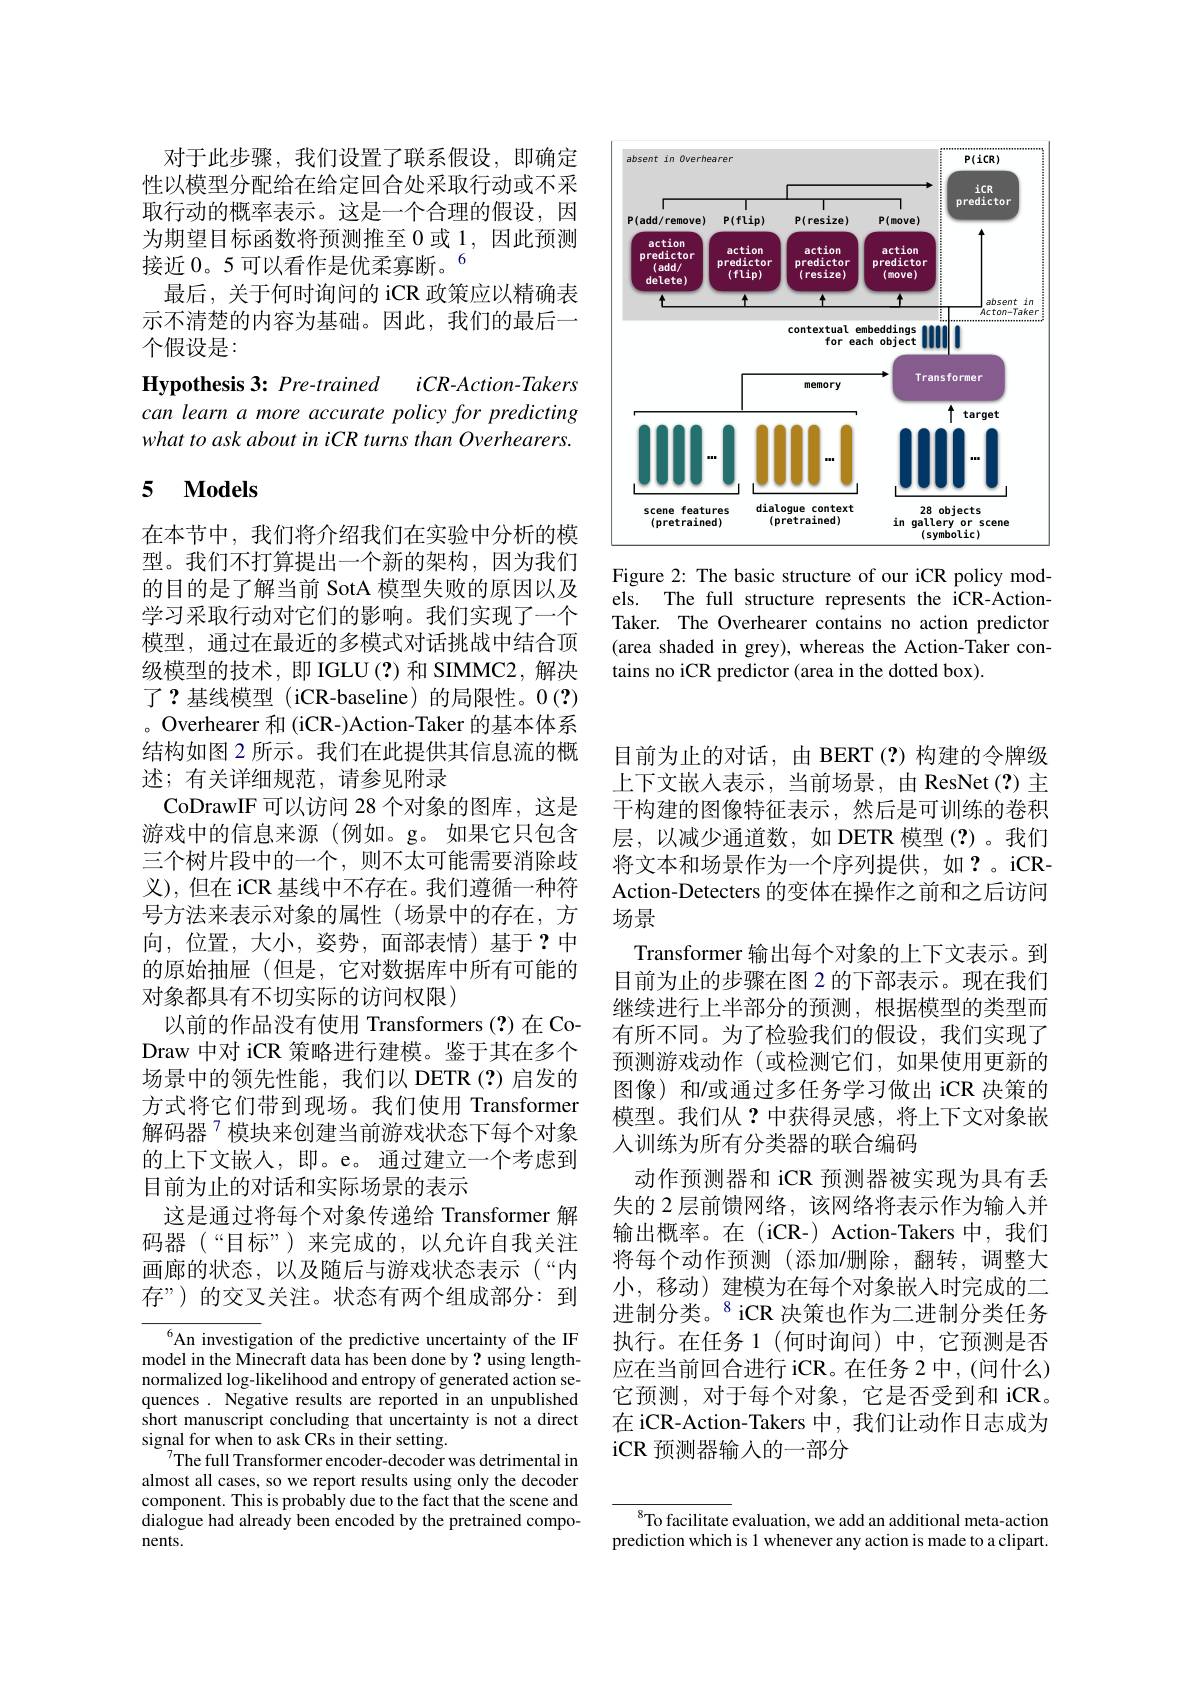
<FigureHere>

Figure 2: The basic structure of our iCR policy models. The full structure represents the iCR-Action Taker. The Overhearer contains no action predictor (area shaded in grey), whereas the Action-Taker contains no iCR predictor (area in the dotted box).

对于此步骤，我们设置了联系假设，即确定性以模型分配给在给定回合处采取行动或不采取行动的概率表示。这是一个合理的假设，因为期望目标函数将预测推至0或1，因此预测接近 0。5 可以看作是优柔寡断。6
最后，关于何时询问的 iCR 政策应以精确表示不清楚的内容为基础。因此，我们的最后一个假设是：

Hypothesis 3: Pre-trained
$iCR-Action-Takers$
can learn a more accurate policy for predicting what to ask about in iCR turns than Overhearers.

## 5 $\mathbf{Models}$

在本节中，我们将介绍我们在实验中分析的模型。我们不打算提出一个新的架构，因为我们的目的是了解当前 SotA 模型失败的原因以及学习采取行动对它们的影响。我们实现了一个模型，通过在最近的多模式对话挑战中结合顶级模型的技术，即IGLU(?)和 SIMMC2,解决了？基线模型(iCR-baseline)的局限性。0(?) 。Overhearer 和 (iCR-)Action-Taker 的基本体系结构如图 2 所示。我们在此提供其信息流的概述；有关详细规范，请参见附录
CoDrawIF可以访问 28 个对象的图库，这是游戏中的信息来源(例如。g。如果它只包含三个树片段中的一个，则不太可能需要消除歧义),但在 iCR 基线中不存在。我们遵循一种符号方法来表示对象的属性(场景中的存在，方向，位置，大小，姿势，面部表情)基于？中的原始抽屉(但是，它对数据库中所有可能的对象都具有不切实际的访问权限)
以前的作品没有使用 Transformers(?)在CoDraw 中对 iCR 策略进行建模。鉴于其在多个场景中的领先性能，我们以 DETR(?)启发的方式将它们带到现场。我们使用 Transformer 解码器$^{7}$模块来创建当前游戏状态下每个对象的上下文嵌人，即。e。通过建立一个考虑到目前为止的对话和实际场景的表示
这是通过将每个对象传递给 Transformer 解码器(“目标”)来完成的，以允许自我关注画廊的状态，以及随后与游戏状态表示(“内存”)的交叉关注。状态有两个组成部分：到

$^{6}$An investigation of the predictive uncertainty of the IF model in the Minecraft data has been done by? using lengthnormalized log-likelihood and entropy of generated action sequences. Negative results are reported in an unpublished short manuscript concluding that uncertainty is not a direct signal for when to ask CRs in their setting.
$^{7}$The full Transformer encoder-decoder was detrimental in almost all cases, so we report results using only the decoder component. This is probably due to the fact that the scene and dialogue had already been encoded by the pretrained components.

目前为止的对话，由 BERT(?)构建的令牌级上下文嵌入表示，当前场景，由 ResNet(?)主干构建的图像特征表示，然后是可训练的卷积层，以减少通道数，如 DETR 模型(?)。我们将文本和场景作为一个序列提供，如？。iCRAction-Detecters 的变体在操作之前和之后访问场景
Transformer 输出每个对象的上下文表示。到目前为止的步骤在图 2 的下部表示。现在我们继续进行上半部分的预测，根据模型的类型而有所不同。为了检验我们的假设，我们实现了预测游戏动作 (或检测它们，如果使用更新的图像)和/或通过多任务学习做出 iCR 决策的模型。我们从？中获得灵感，将上下文对象嵌人训练为所有分类器的联合编码
动作预测器和 iCR 预测器被实现为具有丢失的 2 层前馈网络，该网络将表示作为输入并输出概率。在(iCR-) Action-Takers 中，我们将每个动作预测(添加/删除，翻转，调整大小，移动) 建模为在每个对象嵌入时完成的二进制分类。$^{8}$iCR 决策也作为二进制分类任务执行。在任务 1(何时询问)中，它预测是否应在当前回合进行 iCR。在任务 2 中，(间什么) 它预测，对于每个对象，它是否受到和 iCR。在 iCR-Action-Takers 中，我们让动作日志成为iCR 预测器输入的一部分

$^{8}$To facilitate evaluation, we add an additional meta-action prediction which is 1 whenever any action is made to a clipart.